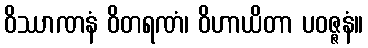
ဝိဿာဏနံ ဝိတရဏံ၊ ဝိဟာယိတာ ပဝဇ္ဇနံ။